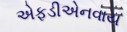
એફડીએનવાય